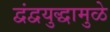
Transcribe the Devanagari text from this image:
द्वंद्वयुद्धामुळे